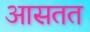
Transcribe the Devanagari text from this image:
आसतत